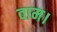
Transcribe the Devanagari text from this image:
वाम।